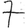
Digit: 7